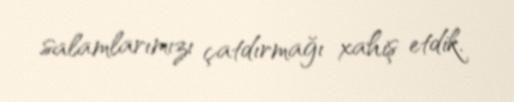
salamlarımızı çatdırmağı xahiş etdik.